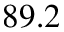
8 9 . 2